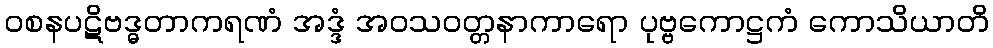
ဝစနပဋိဗဒ္ဓတာကရဏံ အဒ္ဒံ အဝသဝတ္တနာကာရော ပုဗ္ဗကောဋ္ဌကံ ကောသိယာတိ